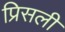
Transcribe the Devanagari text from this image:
प्रिसली